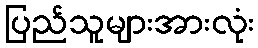
ပြည်သူများအားလုံး